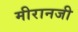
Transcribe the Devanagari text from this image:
मीरानजी